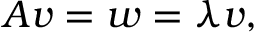
A v = w = \lambda v ,